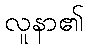
လူနာ၏